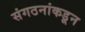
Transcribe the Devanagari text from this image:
संगठनांकडून